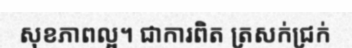
សុខភាពល្អ។ ជាការពិត ត្រសក់ជ្រក់